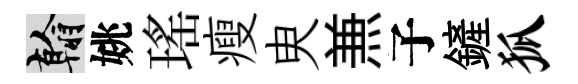
翰姚瑤瘦㬰𠔥子鏟狐